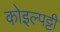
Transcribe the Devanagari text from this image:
कोइल्पट्टी